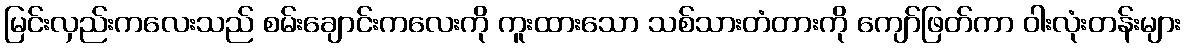
မြင်းလှည်းကလေးသည် စမ်းချောင်းကလေးကို ကူးထားသော သစ်သားတံတားကို ကျော်ဖြတ်ကာ ဝါးလုံးတန်းများ